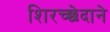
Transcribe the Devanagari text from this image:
शिरच्छेदाने